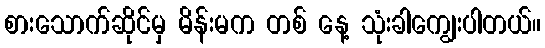
စားသောက်ဆိုင်မှ မိန်းမက တစ် နေ့ သုံးခါကျွေးပါတယ်။